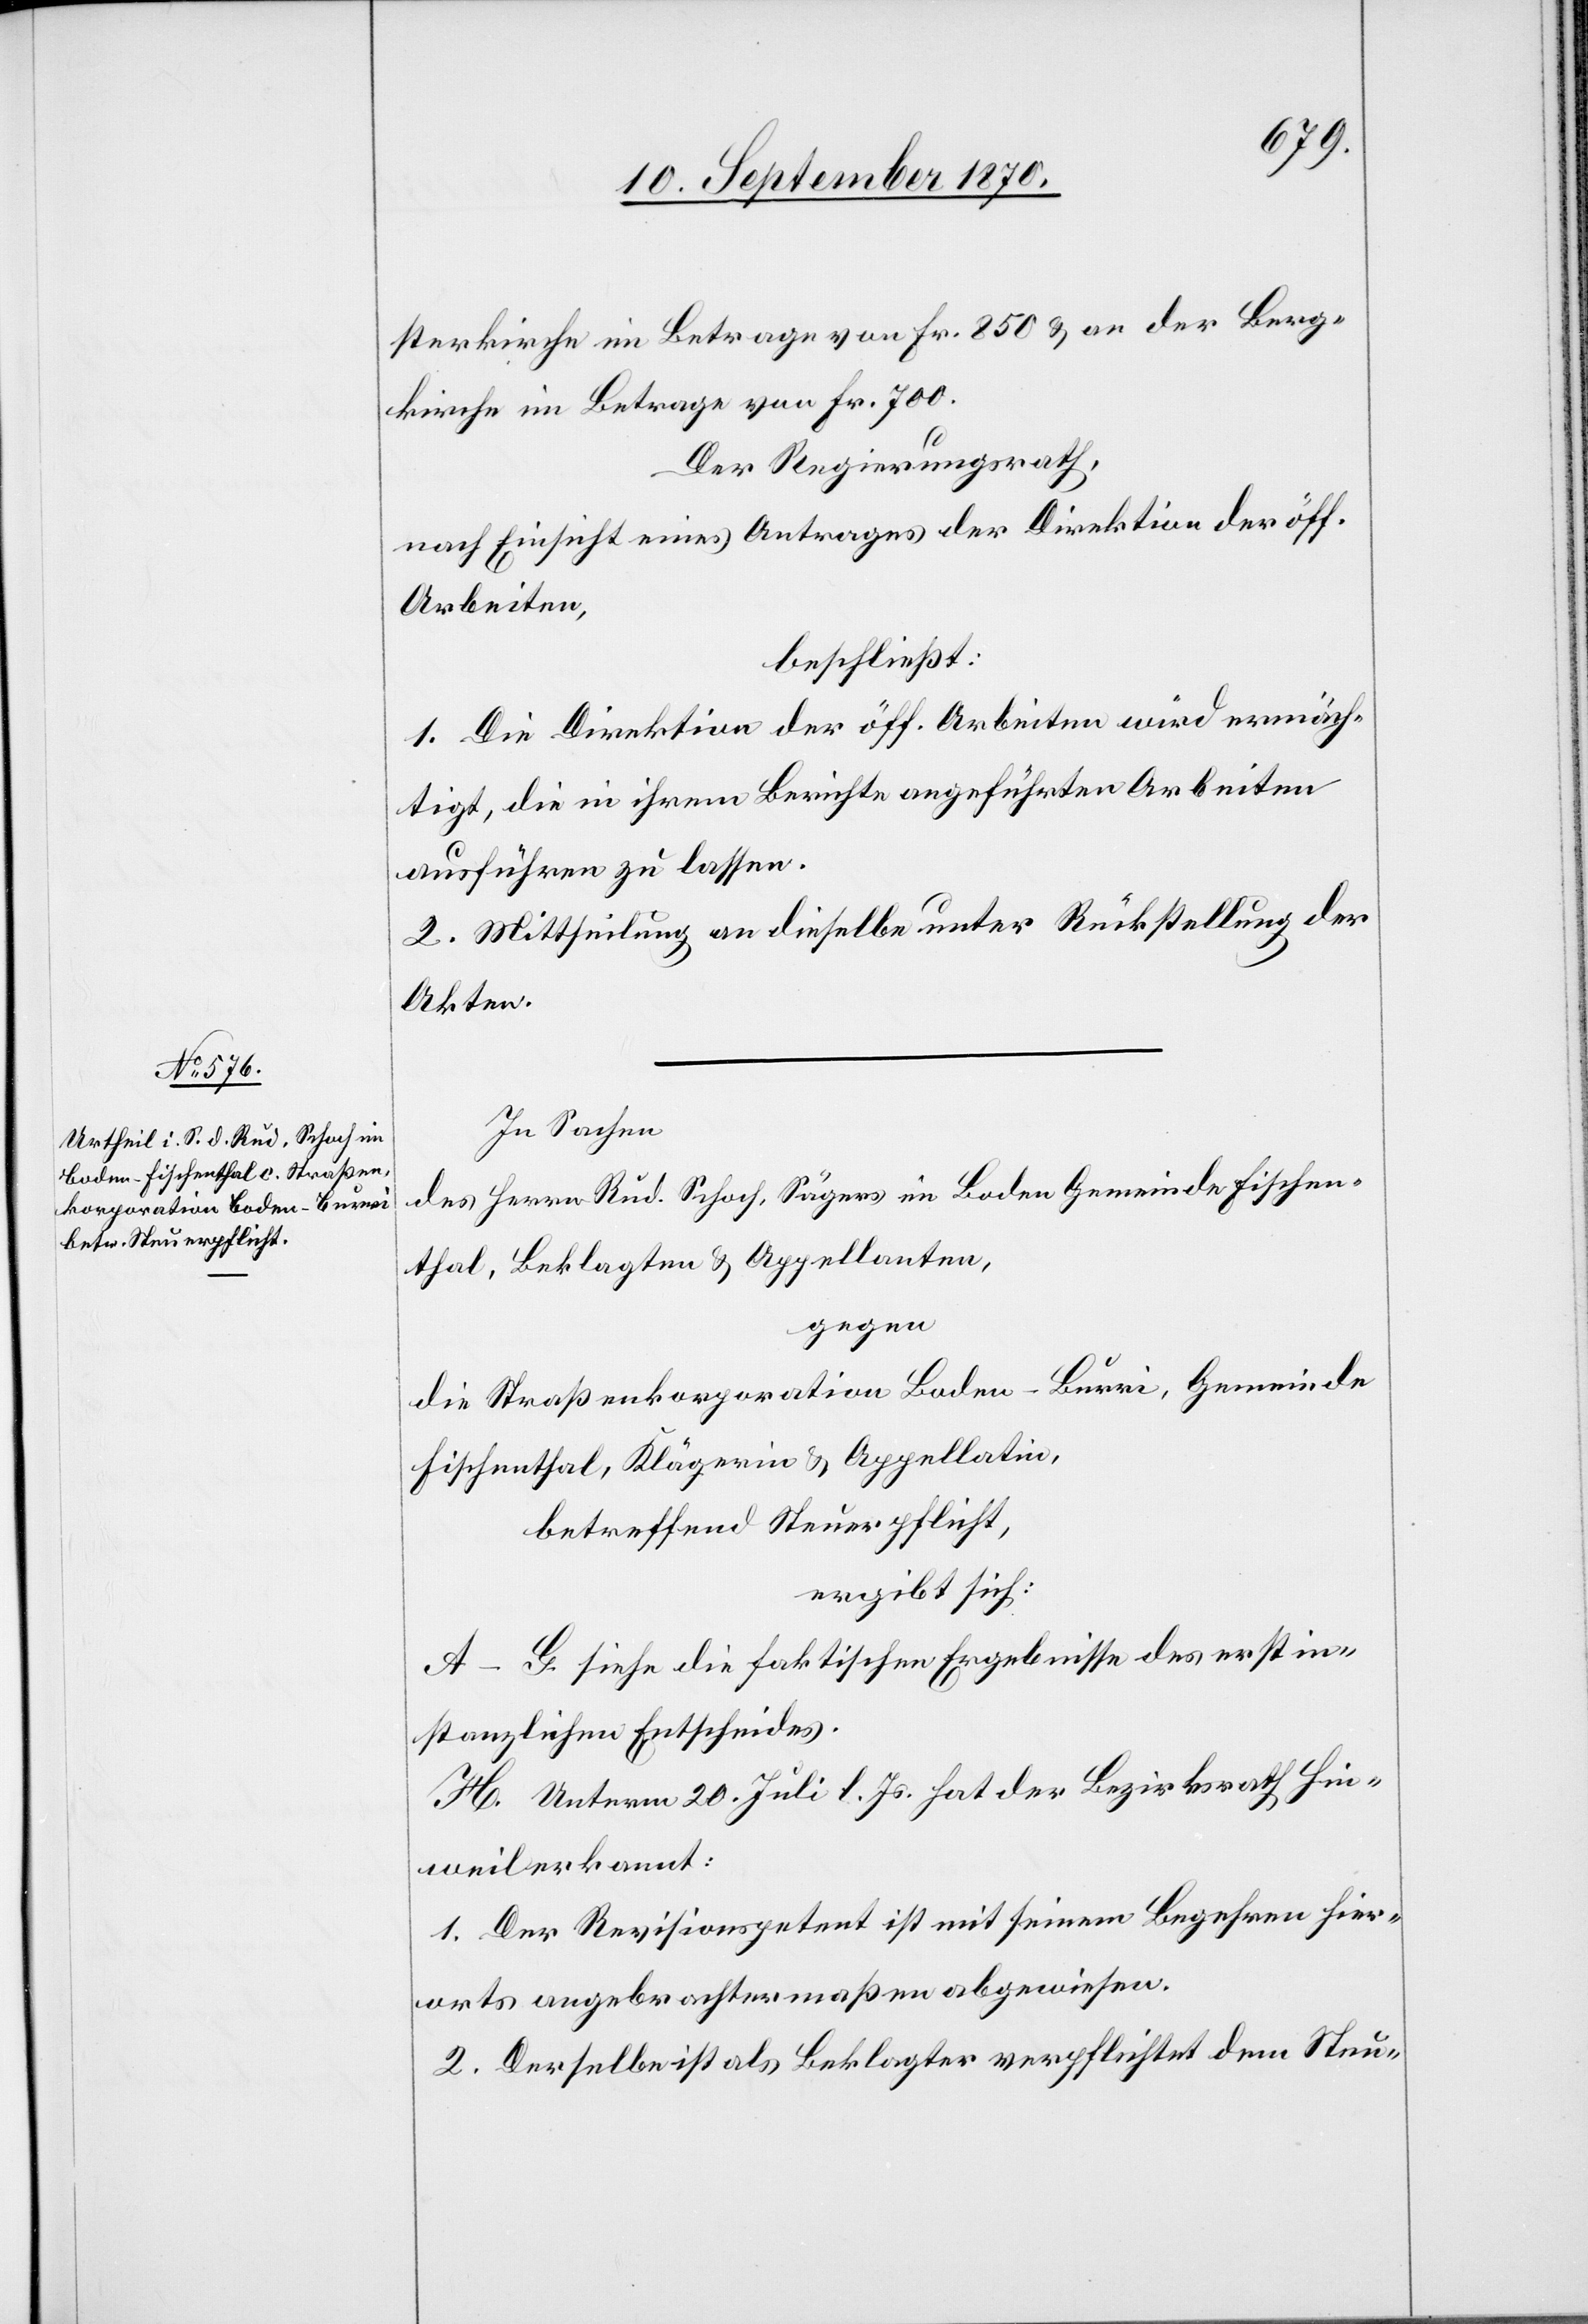
sterkirche im Betrage von Fr. 850 & an der Berg¬
kirche im Betrage von Fr. 700.
Der Regierungsrath,
nach Einsicht eines Antrages der Direktion der öff.
Arbeiten,
beschließt:
1. Die Direktion der öff. Arbeiten wird ermäch¬
tigt, die in ihrem Berichte angeführten Arbeiten
ausführen zu lassen.
2. Mittheilung an dieselbe unter Rückstellung der
Akten.
In Sachen
des Herrn Rud. Schoch, Sägers in Boden Gemeinde Fischen¬
thal, Beklagten & Appellanten,
gegen
die Straßenkorporation Boden–Burri, Gemeinde
Fischenthal, Klägerin & Appellatin,
betreffend Steuerpflicht,
ergibt sich:
A–G. siehe die faktischen Ergebnisse des erstin¬
stanzlichen Entscheides.
H. Unterm 20. Juli l. Js. hat der Bezirksrath Hin¬
weil erkannt:
1. Der Revisionspetent ist mit seinem Begehren hier¬
orts angebrachtermaßen abgewiesen.
2. Derselbe ist als Beklagter verpflichtet dem Steu-